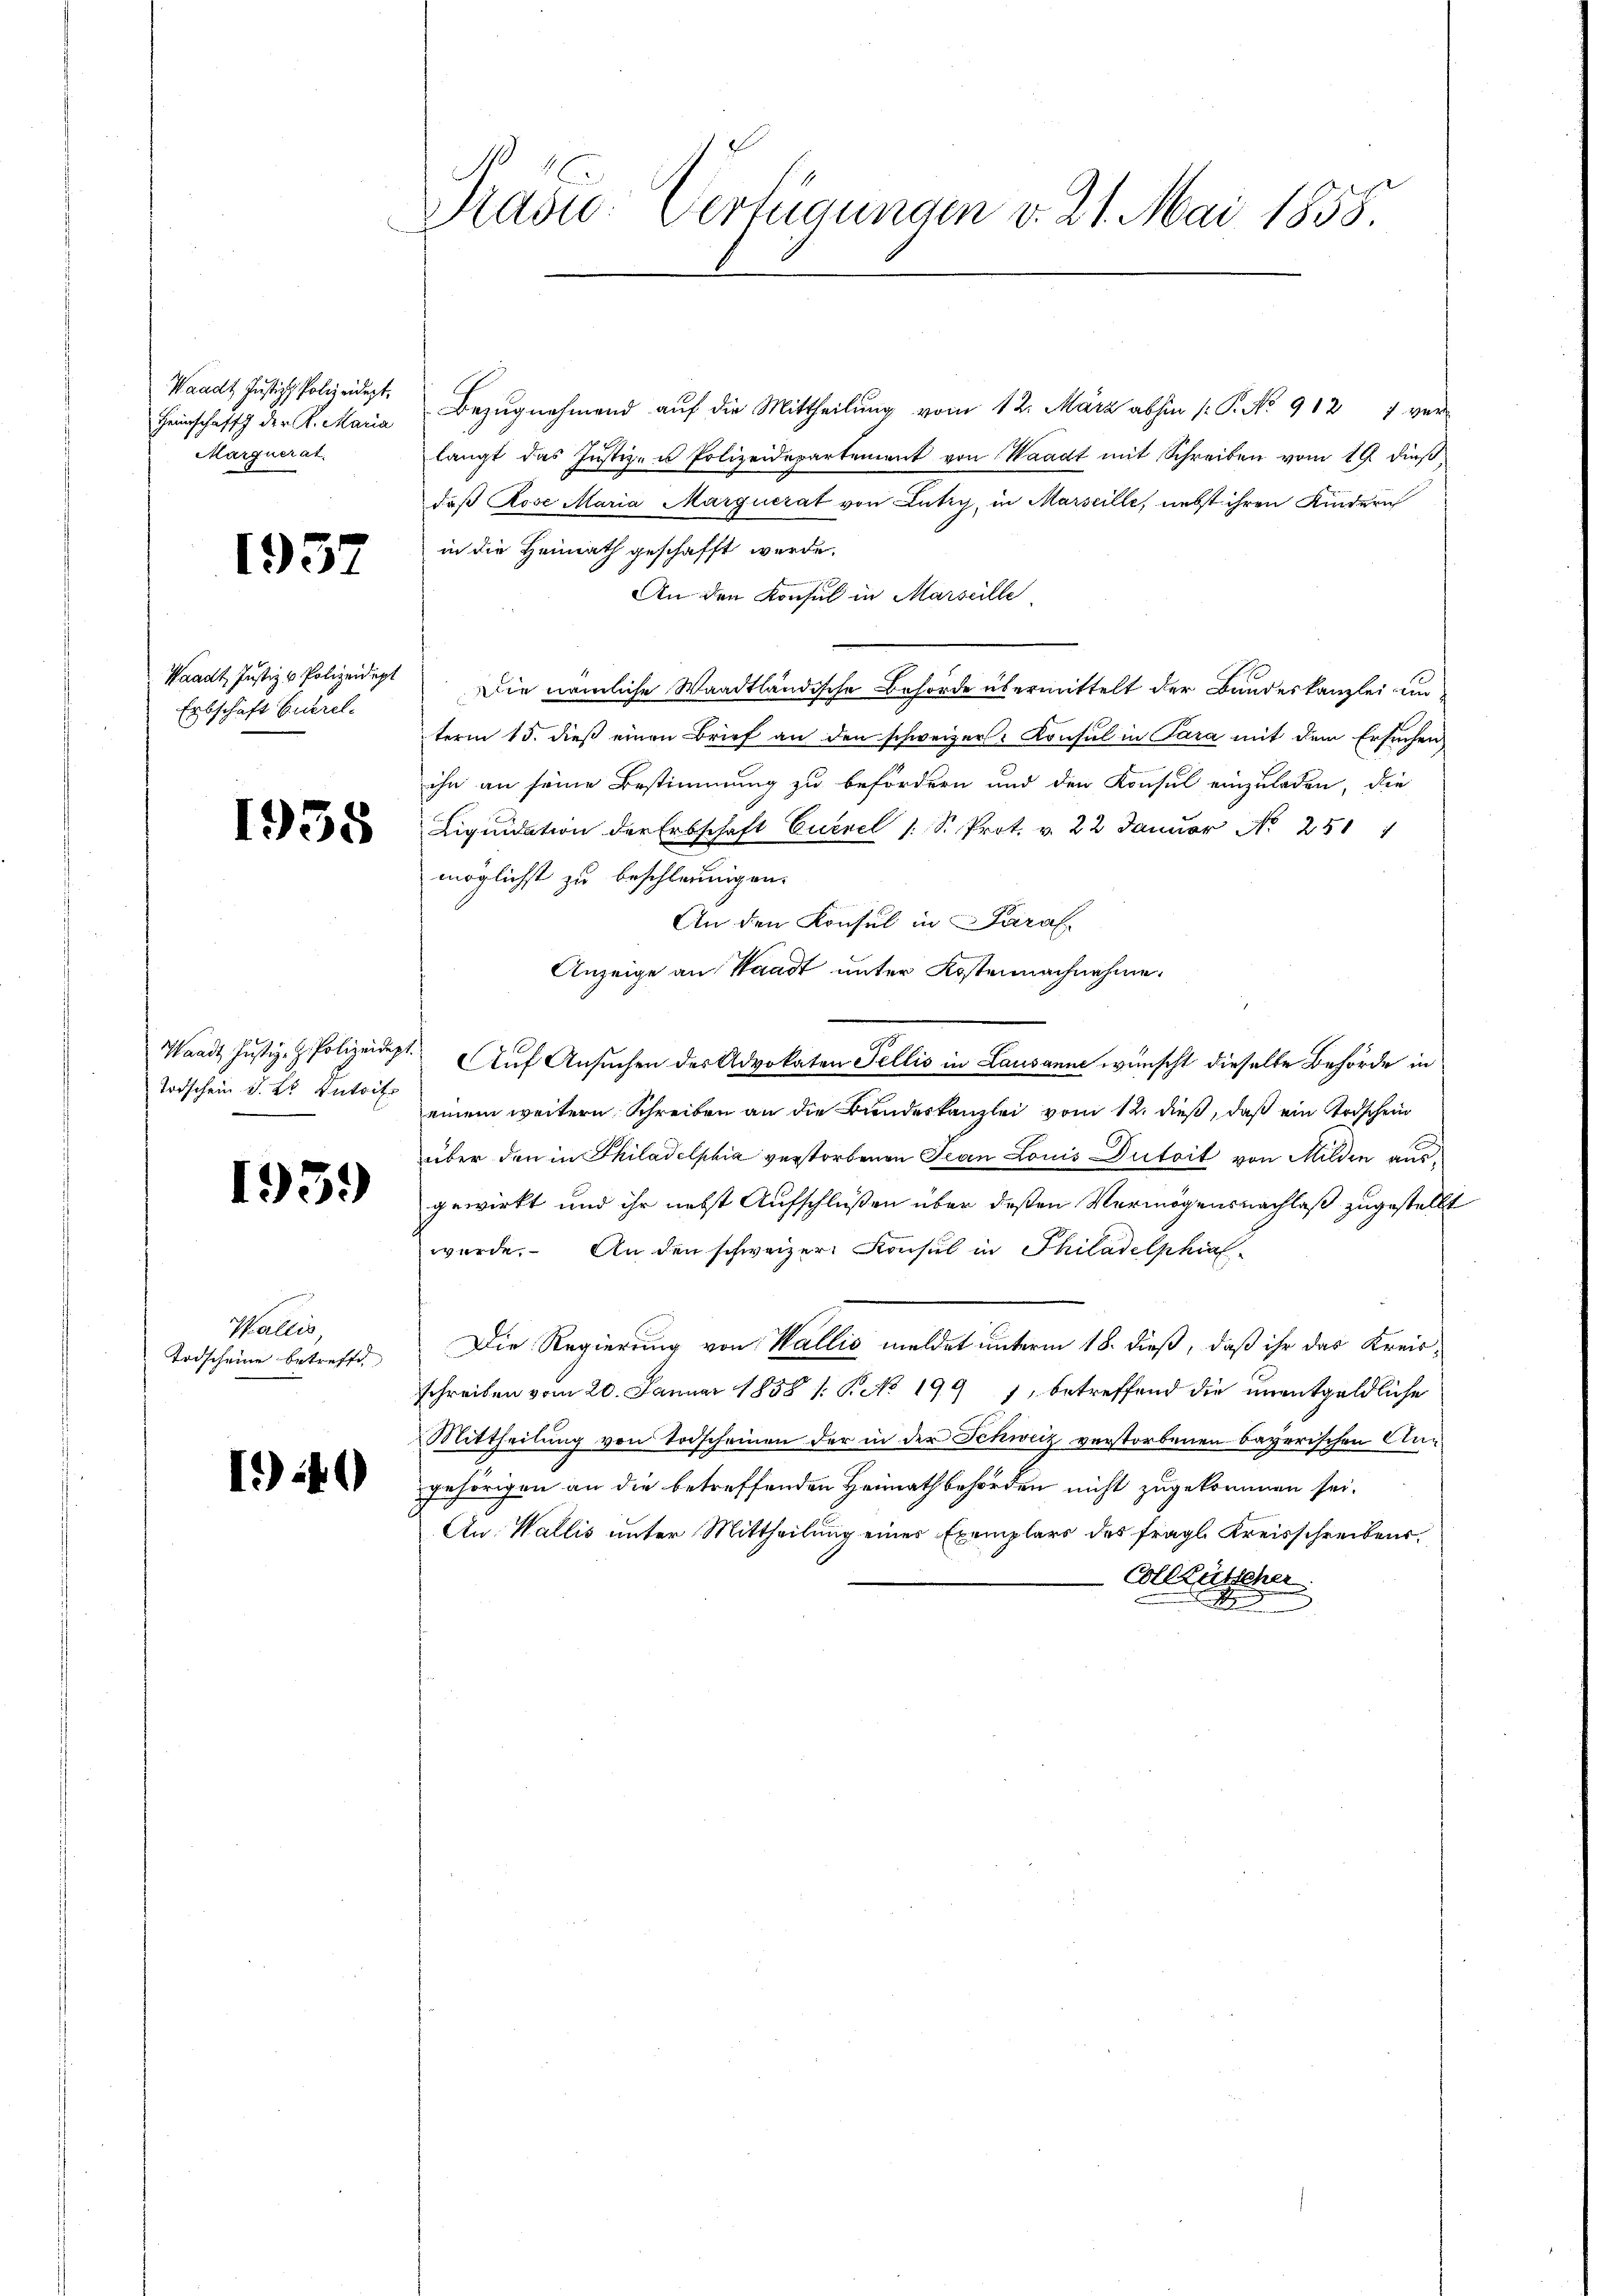
Waadt Justiz, Polizeidigt.
Marquerat.

1932

Erbschaft Euerel.

1938

Todschein S. Sr Dutsitz

1939)

Wallis,
Todscheine betreffe,

I40

r
Pravić-Verfügungen v. 21. Mai 1855

Heimschaft der K. Maria Bezŭgnehmend aŭf die Mittheilŭng vom 12. März abhin /: P. No 912 7 ver-
langt das Justiz- u Polizeidepartement von Waadt mit Schreiben vom 19. dieß,
daß Rose Maria Marquerat von Lutry, in Marseille, nebst ihren Kindern
in die Heimath geschafft werde.
An den Konsul in Marseille
Waadt Justiz & Polizeidigt. Die nämliche Waadtländische Behörde übermittelt der Bandeskanzlei unterm 15. dieß einen Brief an den schweizers Konsul in Para mit dem Ersuchen
ihn an seine Bestimmung zu befördern und den Konsul einzuladen, die
Liquidation der Erbschaft Euerel 1 S. Prot. v. 22 Januar No 251
möglichst zu beschleunigen.
An den Konsul in Paral
Anzeige an Waadt unter Kostennachnahme
Waadt Justiz- & Polizeidigt. Auf Ansuchen des Advokaten Fellis in Lausanne wünscht dieselbe Behörde in
einem weitern Schreiben an die Bundeskanzlei vom 12. dieß, daß ein Todschein
über den in Philadelphia verstorbenen Jean Louis Dutoit von Milden ausgewirkt und ihr nebst Aufschlüßen über deßen Vermögensnachlaß zugestellt
wurde. An den schweizer Konsul in Philadelphial¬
Die Regierung von Wallis meldet unterm 18. dieß, daß ihr das Kreisschreiben vom 20. Januar 1858 1: P. No 199 1, betreffend die unentgeldliche
Mittheilung von Todscheinen der in der Schweiz verstorbenen bayerischen Angehörigen an die betreffenden Heimathbehörden nicht zugekommen sei.
An. Wallis unter Mittheilung eines Exemplars des fragl. Kreisschreibens¬
Allkassenen.